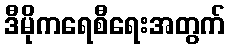
ဒီမိုကရေစီရေးအတွက်